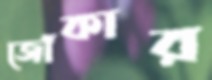
জোঁকার